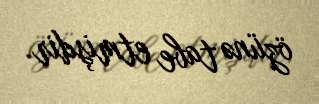
özünə tabe etmişdir.